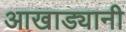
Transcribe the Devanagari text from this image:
आखाड्यानी